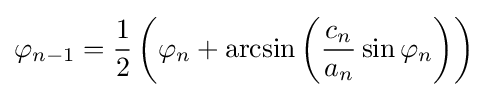
\varphi _{n-1}={\frac {1}{2}}\left(\varphi _{n}+\arcsin \left({\frac {c_{n}}{a_{n}}}\sin \varphi _{n}\right)\right)